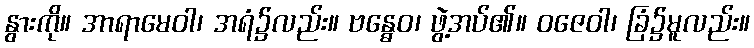
နွားကို။ အာရာမေဝါ၊ အရံ၌လည်း။ ဗန္ဓေဝ၊ ဖွဲ့အပ်၏။ ဝဇေဝါ၊ ခြံ၌မူလည်း။